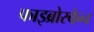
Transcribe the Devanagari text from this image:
फाइब्रोस्कैन